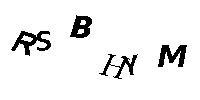
RSBHNM